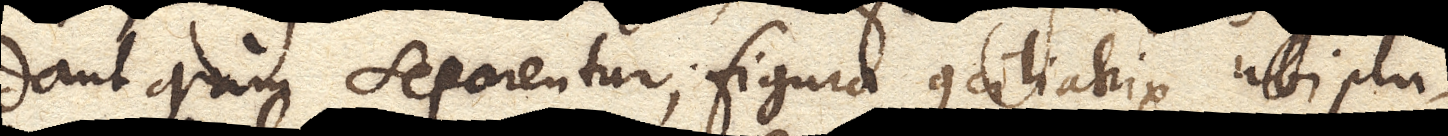
dant quam separentur; figura conciliatrix ubi plu